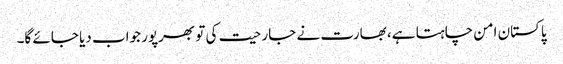
پاکستان امن چاہتا ہے، بھارت نے جارحیت کی تو بھرپور جواب دیا جائے گا۔